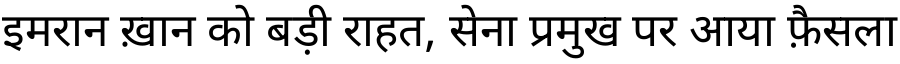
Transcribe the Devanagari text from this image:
इमरान ख़ान को बड़ी राहत, सेना प्रमुख पर आया फ़ैसला